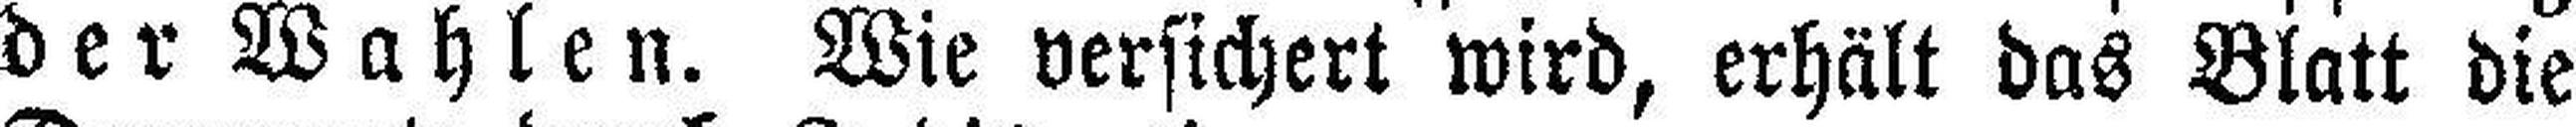
der Wahlen. Wie versichert wird, erhält das Blatt die